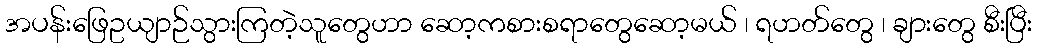
အပန်းဖြေဥယျာဉ်သွားကြတဲ့သူတွေဟာ ဆော့ကစားစရာတွေဆော့မယ် ၊ ရဟတ်တွေ ၊ ချားတွေ စီးပြီး